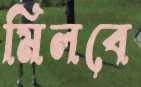
মিলবে